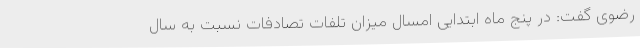
رضوی گفت: در پنج ماه ابتدایی امسال میزان تلفات تصادفات نسبت به سال